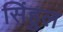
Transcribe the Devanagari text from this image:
सिंहुल